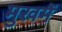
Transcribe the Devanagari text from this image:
मुखमें